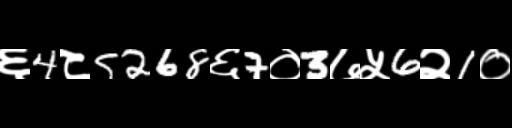
Text: ६4८5268६7०3७५6२1०